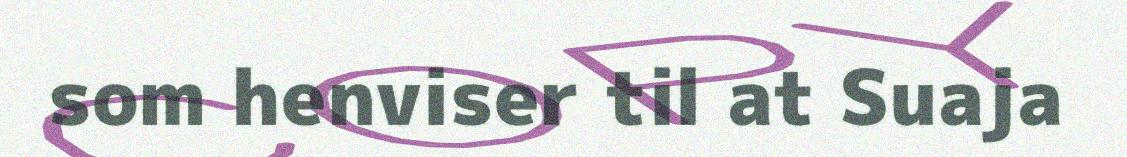
som henviser til at Suaja